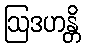
ဩဒဟန္တိ